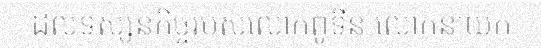
ដល់ទស្សនកិច្ចរបស់លោកពូទីន លោកនាយក